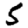
Digit: 5